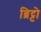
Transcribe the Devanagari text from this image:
ब्रिट्टो